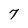
Character: 7